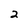
Character: 2